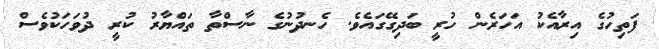
ފަތިހުގެ އިރާއެކު އަހަރެން ހުރީ ބަދިގޭގައެވެ. ހެނދުނުގެ ނާސްތާ ތައްޔާރު ކުރީ ދުވަހަކުވެސް